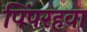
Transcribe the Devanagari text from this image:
पिंपरहवा